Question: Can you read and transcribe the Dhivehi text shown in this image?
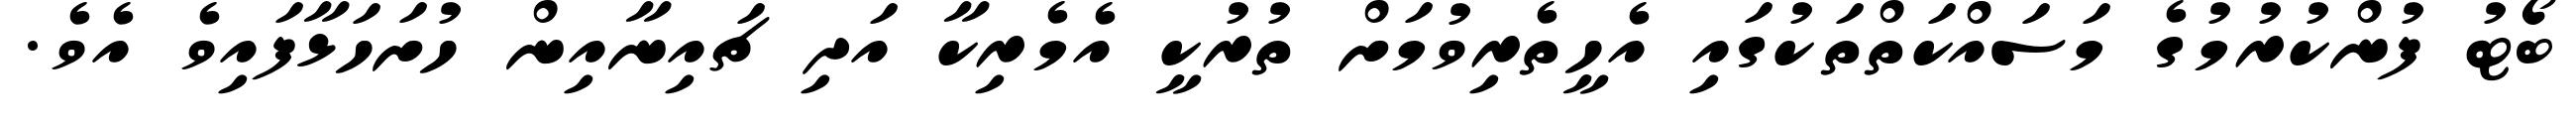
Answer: ބޯޓު ފުންކުރުމުގެ މަސައްކަތްތަކުގައި އެހީތެރިވުމަށް ތުރުކީ އެމެރިކާ އަދި ޗައިނާއިން ހުށަހަޅާފައިވެ އެވެ.